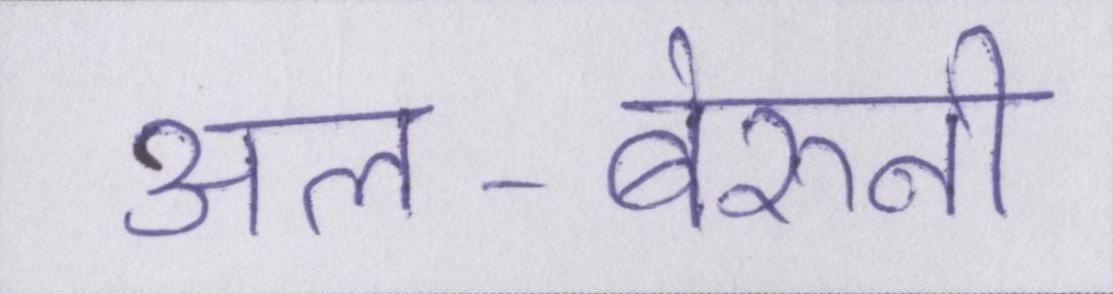
अल-बेरुनी